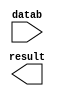
module sub_mass05_08_2 (
	datab,
	result);

	input	[13:0]  datab;
	output	[13:0]  result;

endmodule